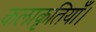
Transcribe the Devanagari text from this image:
कलाकृतियाँ।